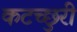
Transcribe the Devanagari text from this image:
कटच्छुरी